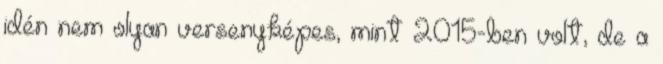
idén nem olyan versenyképes, mint 2015-ben volt, de a